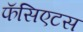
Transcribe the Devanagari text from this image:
फॅसिएटस